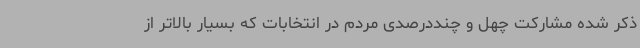
ذکر شده مشارکت چهل و چنددرصدی مردم در انتخابات که بسیار بالاتر از